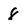
Character: 8